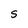
Character: S